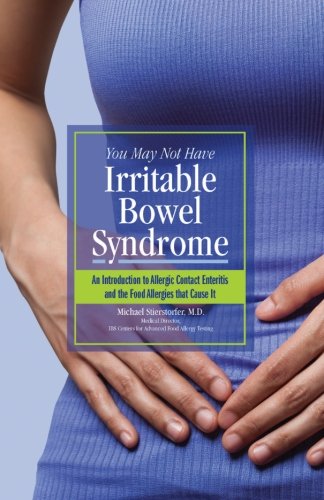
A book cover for You May Not Have  Irritable Bowel Syndrome: An Introduction to  Allergic Contact Enteritis and the Food Allergies that Cause It; Michael Stierstorfer M.D.; Health, Fitness & Dieting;